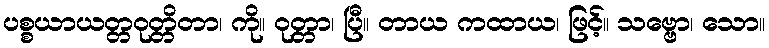
ပစ္စယာယတ္တဝုတ္တိတာ၊ ကို။ ဝုတ္တာ၊ ပြီ။ တာယ ကထာယ၊ ဖြင့်။ သဗ္ဗော၊ သော။